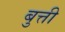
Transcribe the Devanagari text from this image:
बुत्ती